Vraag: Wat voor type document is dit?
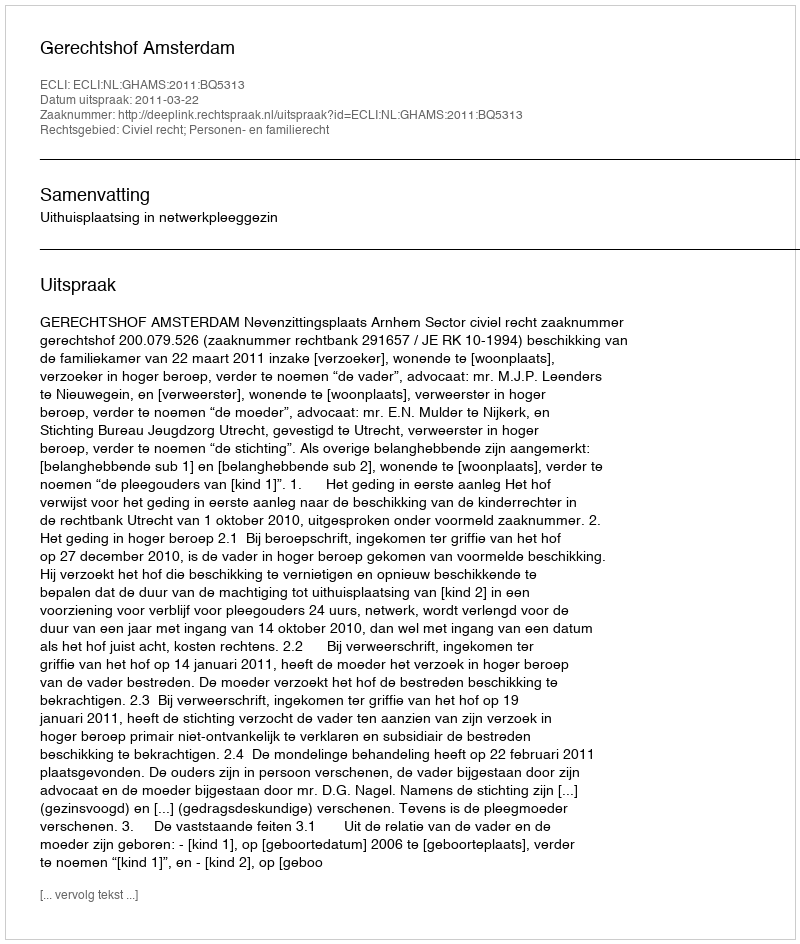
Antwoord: Uitspraak